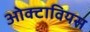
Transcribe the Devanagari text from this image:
ओक्टावियस